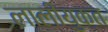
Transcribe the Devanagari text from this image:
लालीयुक्त